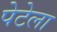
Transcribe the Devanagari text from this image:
पेटेला